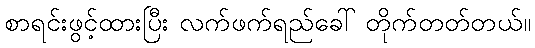
စာရင်းဖွင့်ထားပြီး လက်ဖက်ရည်ခေါ် တိုက်တတ်တယ်။